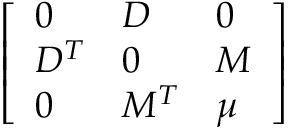
\left[ \begin{array} { l l l } { { 0 } } & { { D } } & { { 0 } } \\ { { D ^ { T } } } & { { 0 } } & { { M } } \\ { { 0 } } & { { M ^ { T } } } & { { \mu } } \end{array} \right]